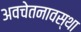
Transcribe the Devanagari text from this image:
अवचेतनावस्था